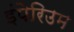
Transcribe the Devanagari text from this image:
इंपेरिउम